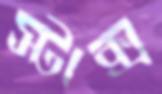
স্টাক্স